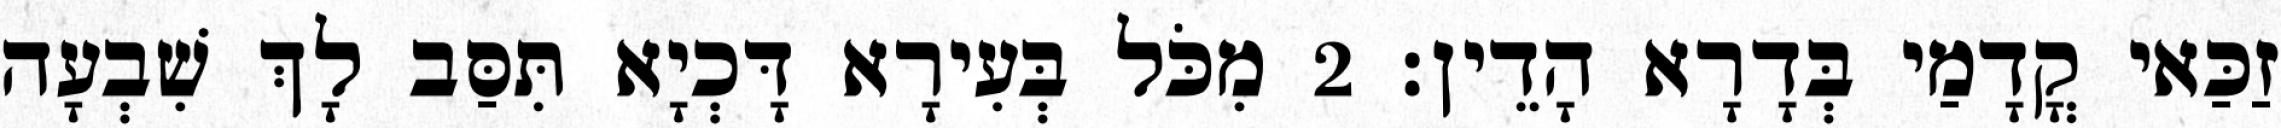
זַכַּאי קֳדָמַי בְּדָרָא הָדֵין׃ 2 מִכֹּל בְּעִירָא דָּכְיָא תִּסַּב לָךְ שִׁבְעָה